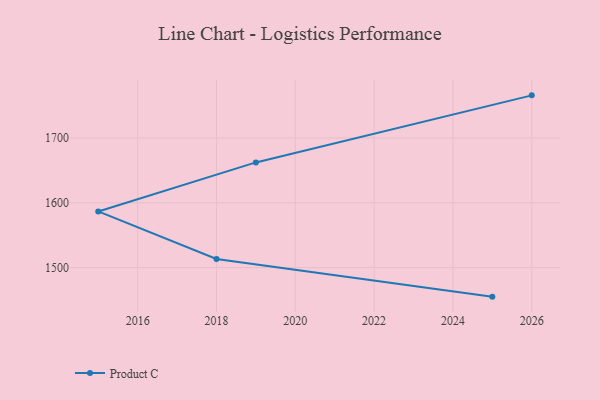
{"axis": {"x": "Year", "y": "Production Output"}, "legend": ["Product C"], "data": [{"x": "2025", "y": 1455.2, "type": "Product C"}, {"x": "2018", "y": 1513.4, "type": "Product C"}, {"x": "2015", "y": 1586.6, "type": "Product C"}, {"x": "2019", "y": 1662.2, "type": "Product C"}, {"x": "2026", "y": 1765.6, "type": "Product C"}]}